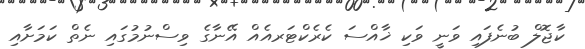
ކާޖޮލް ބުނެފައި ވަނީ ވަކި ޚާއްސަ ކެރެކްޓަރއެއް އޭނާގެ ވިސްނުމުގައި ނެތް ކަމަށާއި